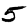
Digit: 5